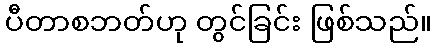
ပီတာစဘတ်ဟု တွင်ခြင်း ဖြစ်သည်။